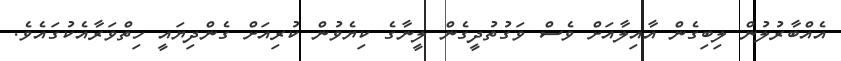
އެއްބާރުލުން ލިބިގެން އާއިލާއަށް ވެސް ވަގުތުދީގެން ލީނާގެ ކިޔެވުން ކުރިއަށް ގެންދިޔައީ ހިތްވަރާއެކުގައެވެ.